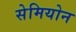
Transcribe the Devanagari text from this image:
सेमियोन